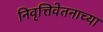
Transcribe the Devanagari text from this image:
निवृत्तिवेतनाच्या